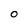
Character: O